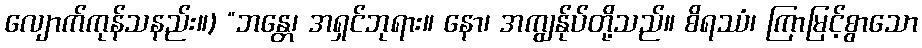
လျောက်ကုန်သနည်း။) “ဘန္တေ၊ အရှင်ဘုရား။ နော၊ အကျွန်ုပ်တို့သည်။ စိရဿံ၊ ကြာမြင့်စွာသော